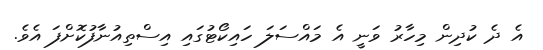
އެ ދެ ކުދިން މިހާރު ވަނީ އެ މައްސަލަ ހައިކޯޓުގައި އިސްތިއުނާފުކޮށްފަ އެވެ.